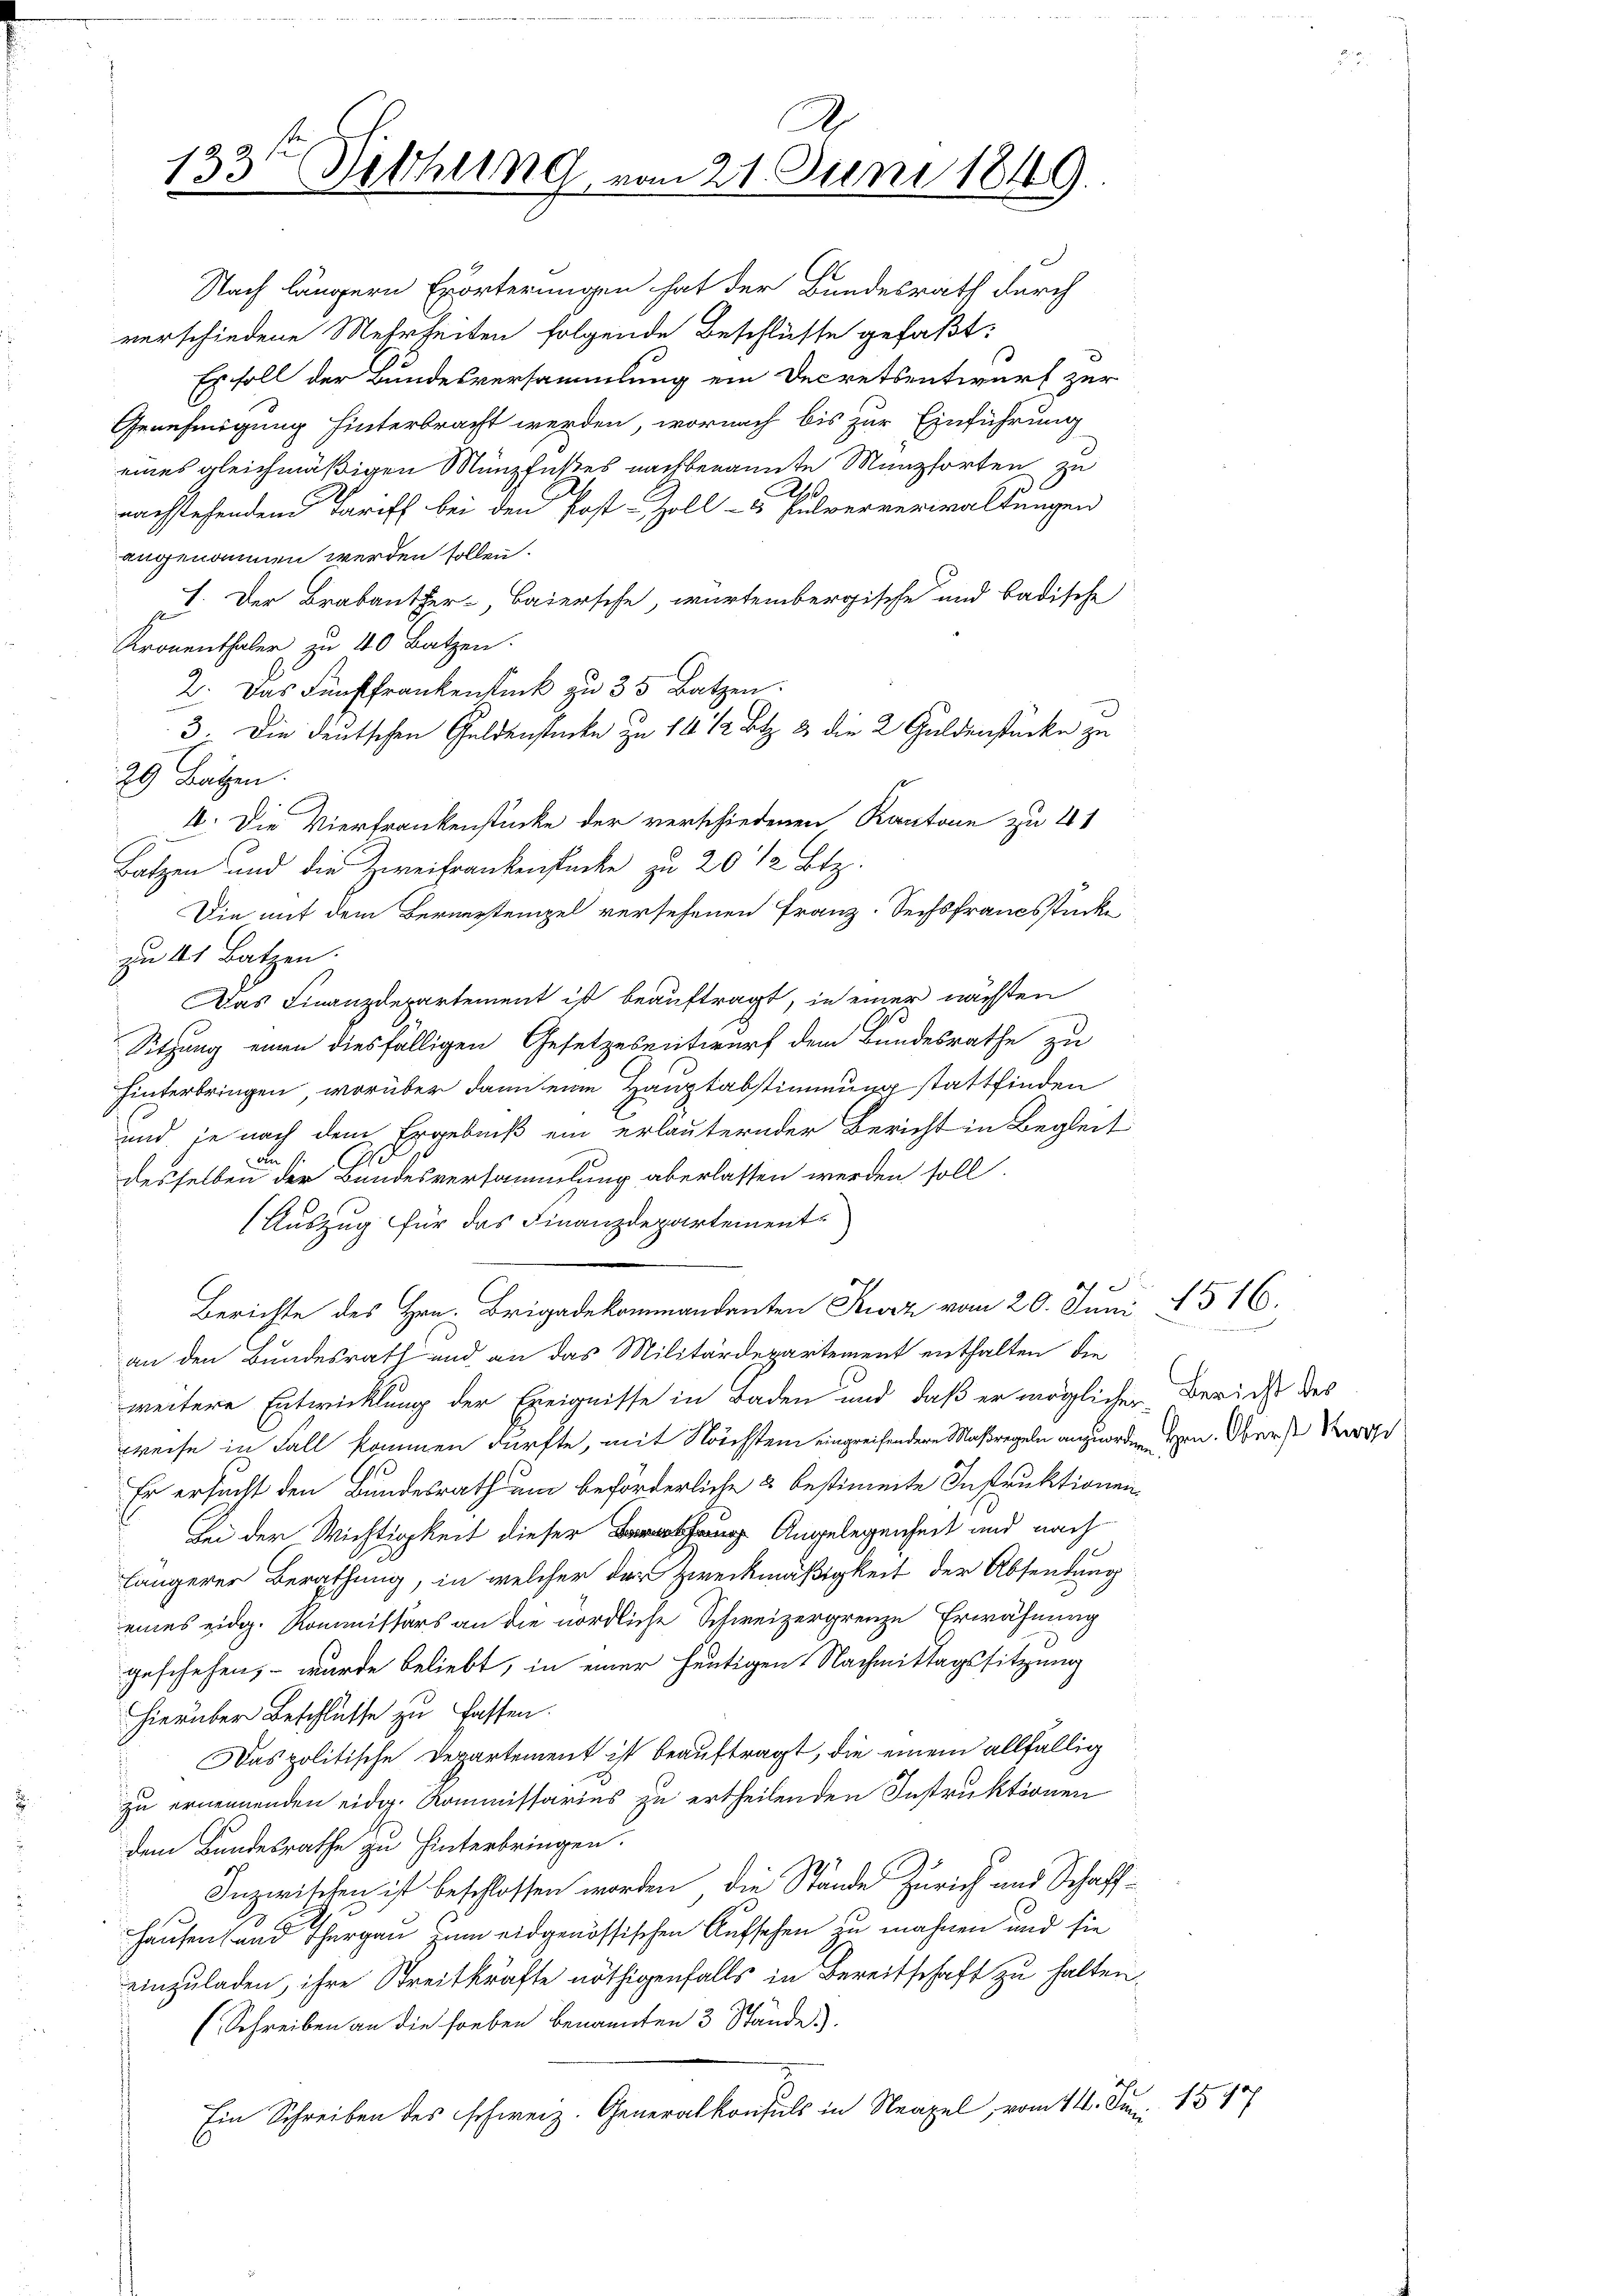
.
133ten Rethung vom 21. Juni 1849.

Nach längern Erörterungen hat der Bundesrath durch
verschiedene Mehrheiten folgende Beschlüsse gefaßt:
Es soll der Bundesversammlung ein Decretsentwurf zur
Genehmigung hinterbracht werden, wornach bis zur Einführung
eines gleichmäßigen Münzfußes nachbenannte Münzsorten zu
b
nachstehenden Tariff bei den Post-Zoll- u Pulververwaltungen
angenommen werden sollen.
I. Der Brabanther, Baiersche, würtembergische und badische
Kronenthaler zu 40 Batzen.
2. Das Fünffrankenstück zu 35 Batzen.
3. Die deutschen Geldenstücke zu 14 1/2 Btz. 2 die 2 Guldenstücke zu
29 Bätzen.
4. Die Vierfrankenstücke der verschiedenen Kanton zu 4 1
Batzen und die Zweifrankenstücke zu 20 1/2 Btz.
Die mit dem Bernerstempel versehenen Franz-Sechsfrancsstücke
zu 41 Batzen.
Das Finanzdepartement ist beauftragt, in einer nächsten
Sitzung einen diesfälligen Gesetzesentwurf dem Bundesrathe zu
hinterbringen, worüber dann eine Hauptabstimmung stattfinden
und je nach dem Ergebniß ein erläuternder Bericht in Begleit
desselben der Bundesversammlung aberlassen werden soll.
(Auszug für das Finanzdepartement
Berichte des Hrn. Brigadekommandanten Sturz vom 20. Juni 15 16.
an den Bundesrath und an das Militärdepartement enthalten, die
weitere Entwicklung der Ereignisse in Baden und daß er möglichen Bericht des
weise in Fall kommen dürfte, mit Nächstein eingreifendere Maßregeln anzuorden Hrn. Oberst
Er ersucht den Bundesrath um beförderliche 3 bestimmte Instruktionen
Bei der Wichtigkeit dieser Angelegenheit und nach
9
längerer Berathung, in welcher der Zweckmäßigkeit der Absendung
eines eidg. Kommissärs an die nördliche Schweizergrenze Erwähnung
geschehen, – wurde beliebt, in einer heutigen Nachmittagssitzung
hierüber Beschlüsse zu fassen.
Das politische Departement ist beauftragt, die einem allfällig
zu ernennenden eidg. Kommissarius zu ertheilenden Instruktionen
dem Bundesrathe zu hinterbringen.
Inzwischen ist beschlossen worden, die Stände Zürich und Schaff-
Hausen und Thurgau zum eidgenössischen Aufsehen zu mahnen und sie
einzuladen, ihre Streitkräfte nöthigenfalls in Bereitschaft zu halten.
(Schreiben an die soeben benannten 3 Stände).
Ein Schreiben des schweiz. Generalkonsuls in Neapel, vom 11. Jun. 1514